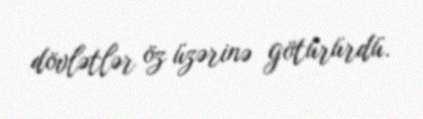
dövlətlər öz üzərinə götürürdü.